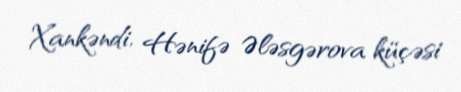
Xankəndi, Hənifə Ələsgərova küçəsi